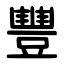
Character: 豐